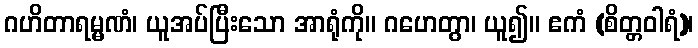
ဂဟိတာရမ္မဏံ၊ ယူအပ်ပြီးသော အာရုံကို။ ဂဟေတွာ၊ ယူ၍။ ဧကံ (စိတ္တဝါရံ)၊